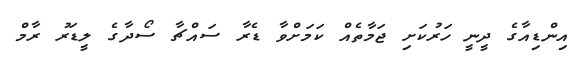
އިންޑިއާގެ ދީނީ ހަރުކަށި ޖަމާތެއް ކަމަށްވާ ޑެރާ ސައްޗާ ސޯދާގެ ލީޑަރު ރާމް